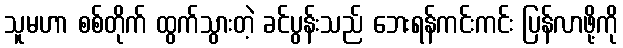
သူမဟာ စစ်တိုက် ထွက်သွားတဲ့ ခင်ပွန်းသည် ဘေးရန်ကင်းကင်း ပြန်လာဖို့ကို